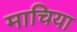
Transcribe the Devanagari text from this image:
माचिया